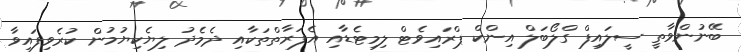
ބޭނުންވާތީ ސީލައިފް ގްލޯބަލް އިންކް ޕްރައިވެޓް ލިމިޓެޑާއި އެފަރާތްތަކާއި ދެމެދު ލިޔެކިޔުމުން ކުރެވިފައިވާ